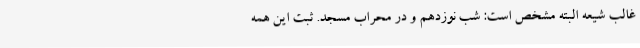
غالب شیعه البته مشخص است: شب نوزدهم و در محراب مسجد. ثبت این همه